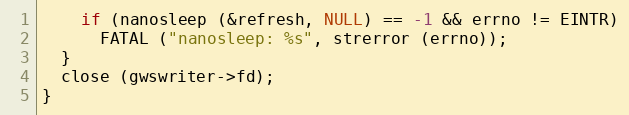
Language: C
    if (nanosleep (&refresh, NULL) == -1 && errno != EINTR)
      FATAL ("nanosleep: %s", strerror (errno));
  }
  close (gwswriter->fd);
}